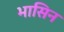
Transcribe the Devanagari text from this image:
भासिन